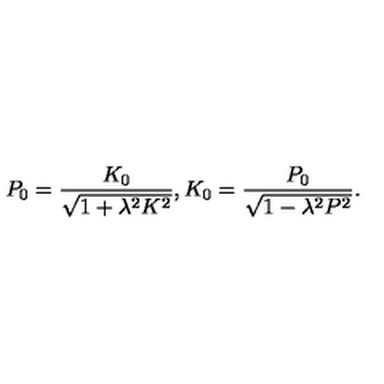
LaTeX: P _ { 0 } = \frac { K _ { 0 } } { \sqrt { 1 + \lambda ^ { 2 } K ^ { 2 } } } , K _ { 0 } = \frac { P _ { 0 } } { \sqrt { 1 - \lambda ^ { 2 } P ^ { 2 } } } .